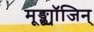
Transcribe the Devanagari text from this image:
मूङ्छ्यॉजिन्